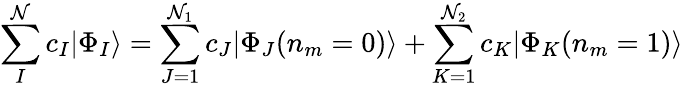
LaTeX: \sum_{I}^{\mathcal{N}}c_{I}|\Phi_{I}\rangle=\sum_{J=1}^{\mathcal{N}_{1}}c_{J}|\Phi_{J}(n_{m}=0)\rangle+\sum_{K=1}^{\mathcal{N}_{2}}c_{K}|\Phi_{K}(n_{m}=1)\rangle